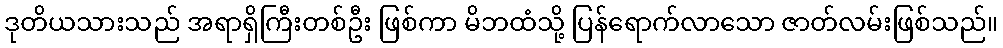
ဒုတိယသားသည် အရာရှိကြီးတစ်ဦး ဖြစ်ကာ မိဘထံသို့ ပြန်ရောက်လာသော ဇာတ်လမ်းဖြစ်သည်။